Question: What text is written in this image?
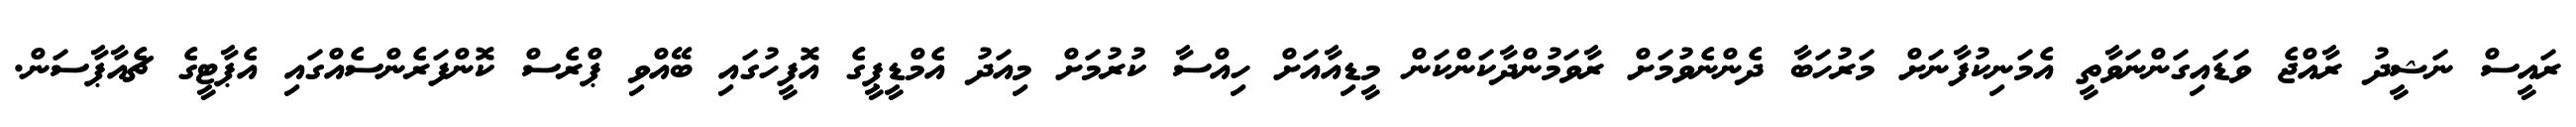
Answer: ރައީސް ނަޝީދު ރާއްޖެ ވަޑައިގަންނަވާތީ އެމަނިކުފާނަށް މަރުހަބާ ދެންނެވުމަށް ރާވަމުންދާކަންކަން މީޑިއާއަށް ހިއްސާ ކުރުމަށް މިއަދު އެމްޑީޕީގެ އޮފީހުގައި ބޭއްވި ޕްރެސް ކޮންފަރެންސެއްގައި އެޕާޓީގެ ޗެއާޕާސަން.